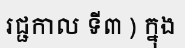
រជ្ជកាល ទី៣ ) ក្នុង